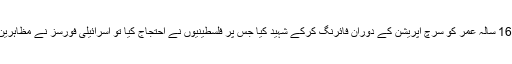
غیرملکی خبررساں ادارے کے مطابق اسرائیلی فوج نے نابلس میں 16 سالہ عمر کو سرچ آپریشن کے دوران فائرنگ کرکے شہید کیا جس پر فلسطینیوں نے احتجاج کیا تو اسرائیلی فورسز نے مظاہرین پر فائرنگ کرتے ہوئے 2 مزید فلسطینی نوجوانوں کو شہید کردیا۔